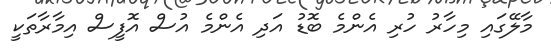
މާލޭގައި މިހާރު ހުރި އެންމެ ބޮޑު އަދި އެންމެ އުސް އޮފީސް އިމާރާތަކީ